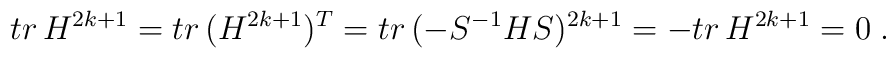
tr\,H^{2k+1}=tr\,(H^{2k+1})^{T}=tr\,(-S^{-1}HS)^{2k+1}=-tr\,H^{2k+1}=0\;.